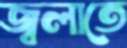
জ্বলাতে